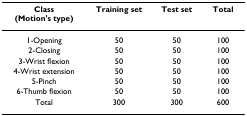
| Class (Motion's type) | Training set | Test set | Total |
 | --- | --- | --- | --- |
 | 1-Opening | 50 | 50 | 100 |
 | 2-Closing | 50 | 50 | 100 |
 | 3-Wrist flexion | 50 | 50 | 100 |
 | 4-Wrist extension | 50 | 50 | 100 |
 | 5-Pinch | 50 | 50 | 100 |
 | 6-Thumb flexion | 50 | 50 | 100 |
 | Total | 300 | 300 | 600 |